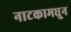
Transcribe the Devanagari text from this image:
नाटकामधु्न